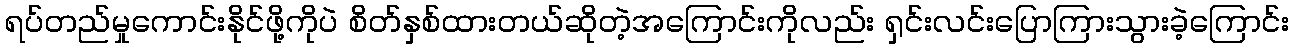
ရပ်တည်မှုကောင်းနိုင်ဖို့ကိုပဲ စိတ်နှစ်ထားတယ်ဆိုတဲ့အကြောင်းကိုလည်း ရှင်းလင်းပြောကြားသွားခဲ့ကြောင်း